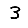
Digit: 3